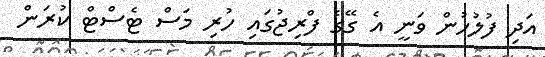
އަދި ފުލުހުން ވަނީ އެ ގޭގެ ފްރިޖުގައި ހުރި މަސް ޓެސްޓް ކުރަން